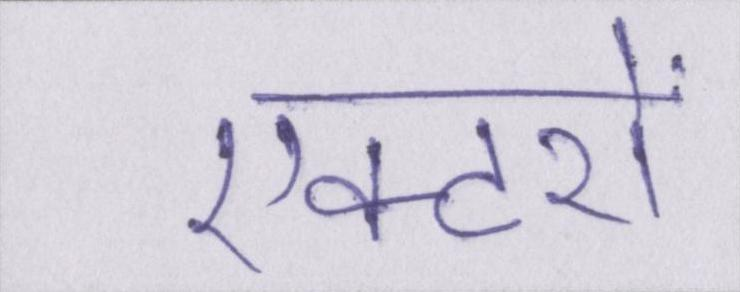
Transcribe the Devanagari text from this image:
एक्टरों